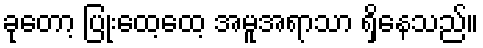
ခုတော့ ပြုံးထေ့ထေ့ အမူအရာသာ ရှိနေသည်။